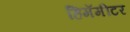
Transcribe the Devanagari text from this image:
हिमॅमीटर